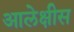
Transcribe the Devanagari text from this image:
आलेक्षीस